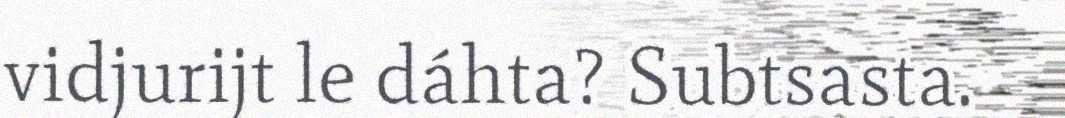
vidjurijt le dáhta? Subtsasta.